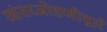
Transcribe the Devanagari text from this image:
आंतरजोडणीद्वारे